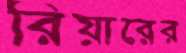
রিয়ারের